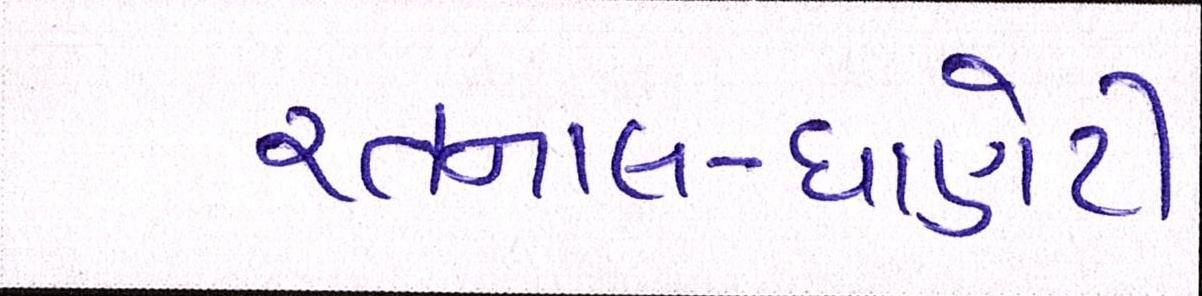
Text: રતનાલ-ધાણેટી